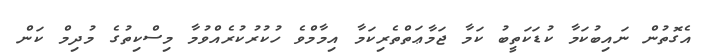
އެގޮތުން ނައިބުކަމާ ކުޑަކަތީބު ކަމާ ޖަމާޢަތްތެރިކަމާ އިމާމްވެ ހުކުރުކުރެއްވުމާ މިސްކިތުގެ މުދިމް ކަން